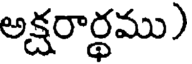
అక్షరార్థము)